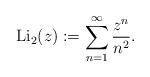
LaTeX: \begin{align*}\operatorname{Li}_{2}(z):=\sum_{n=1}^\infty \frac{z^n}{n^2}.\end{align*}